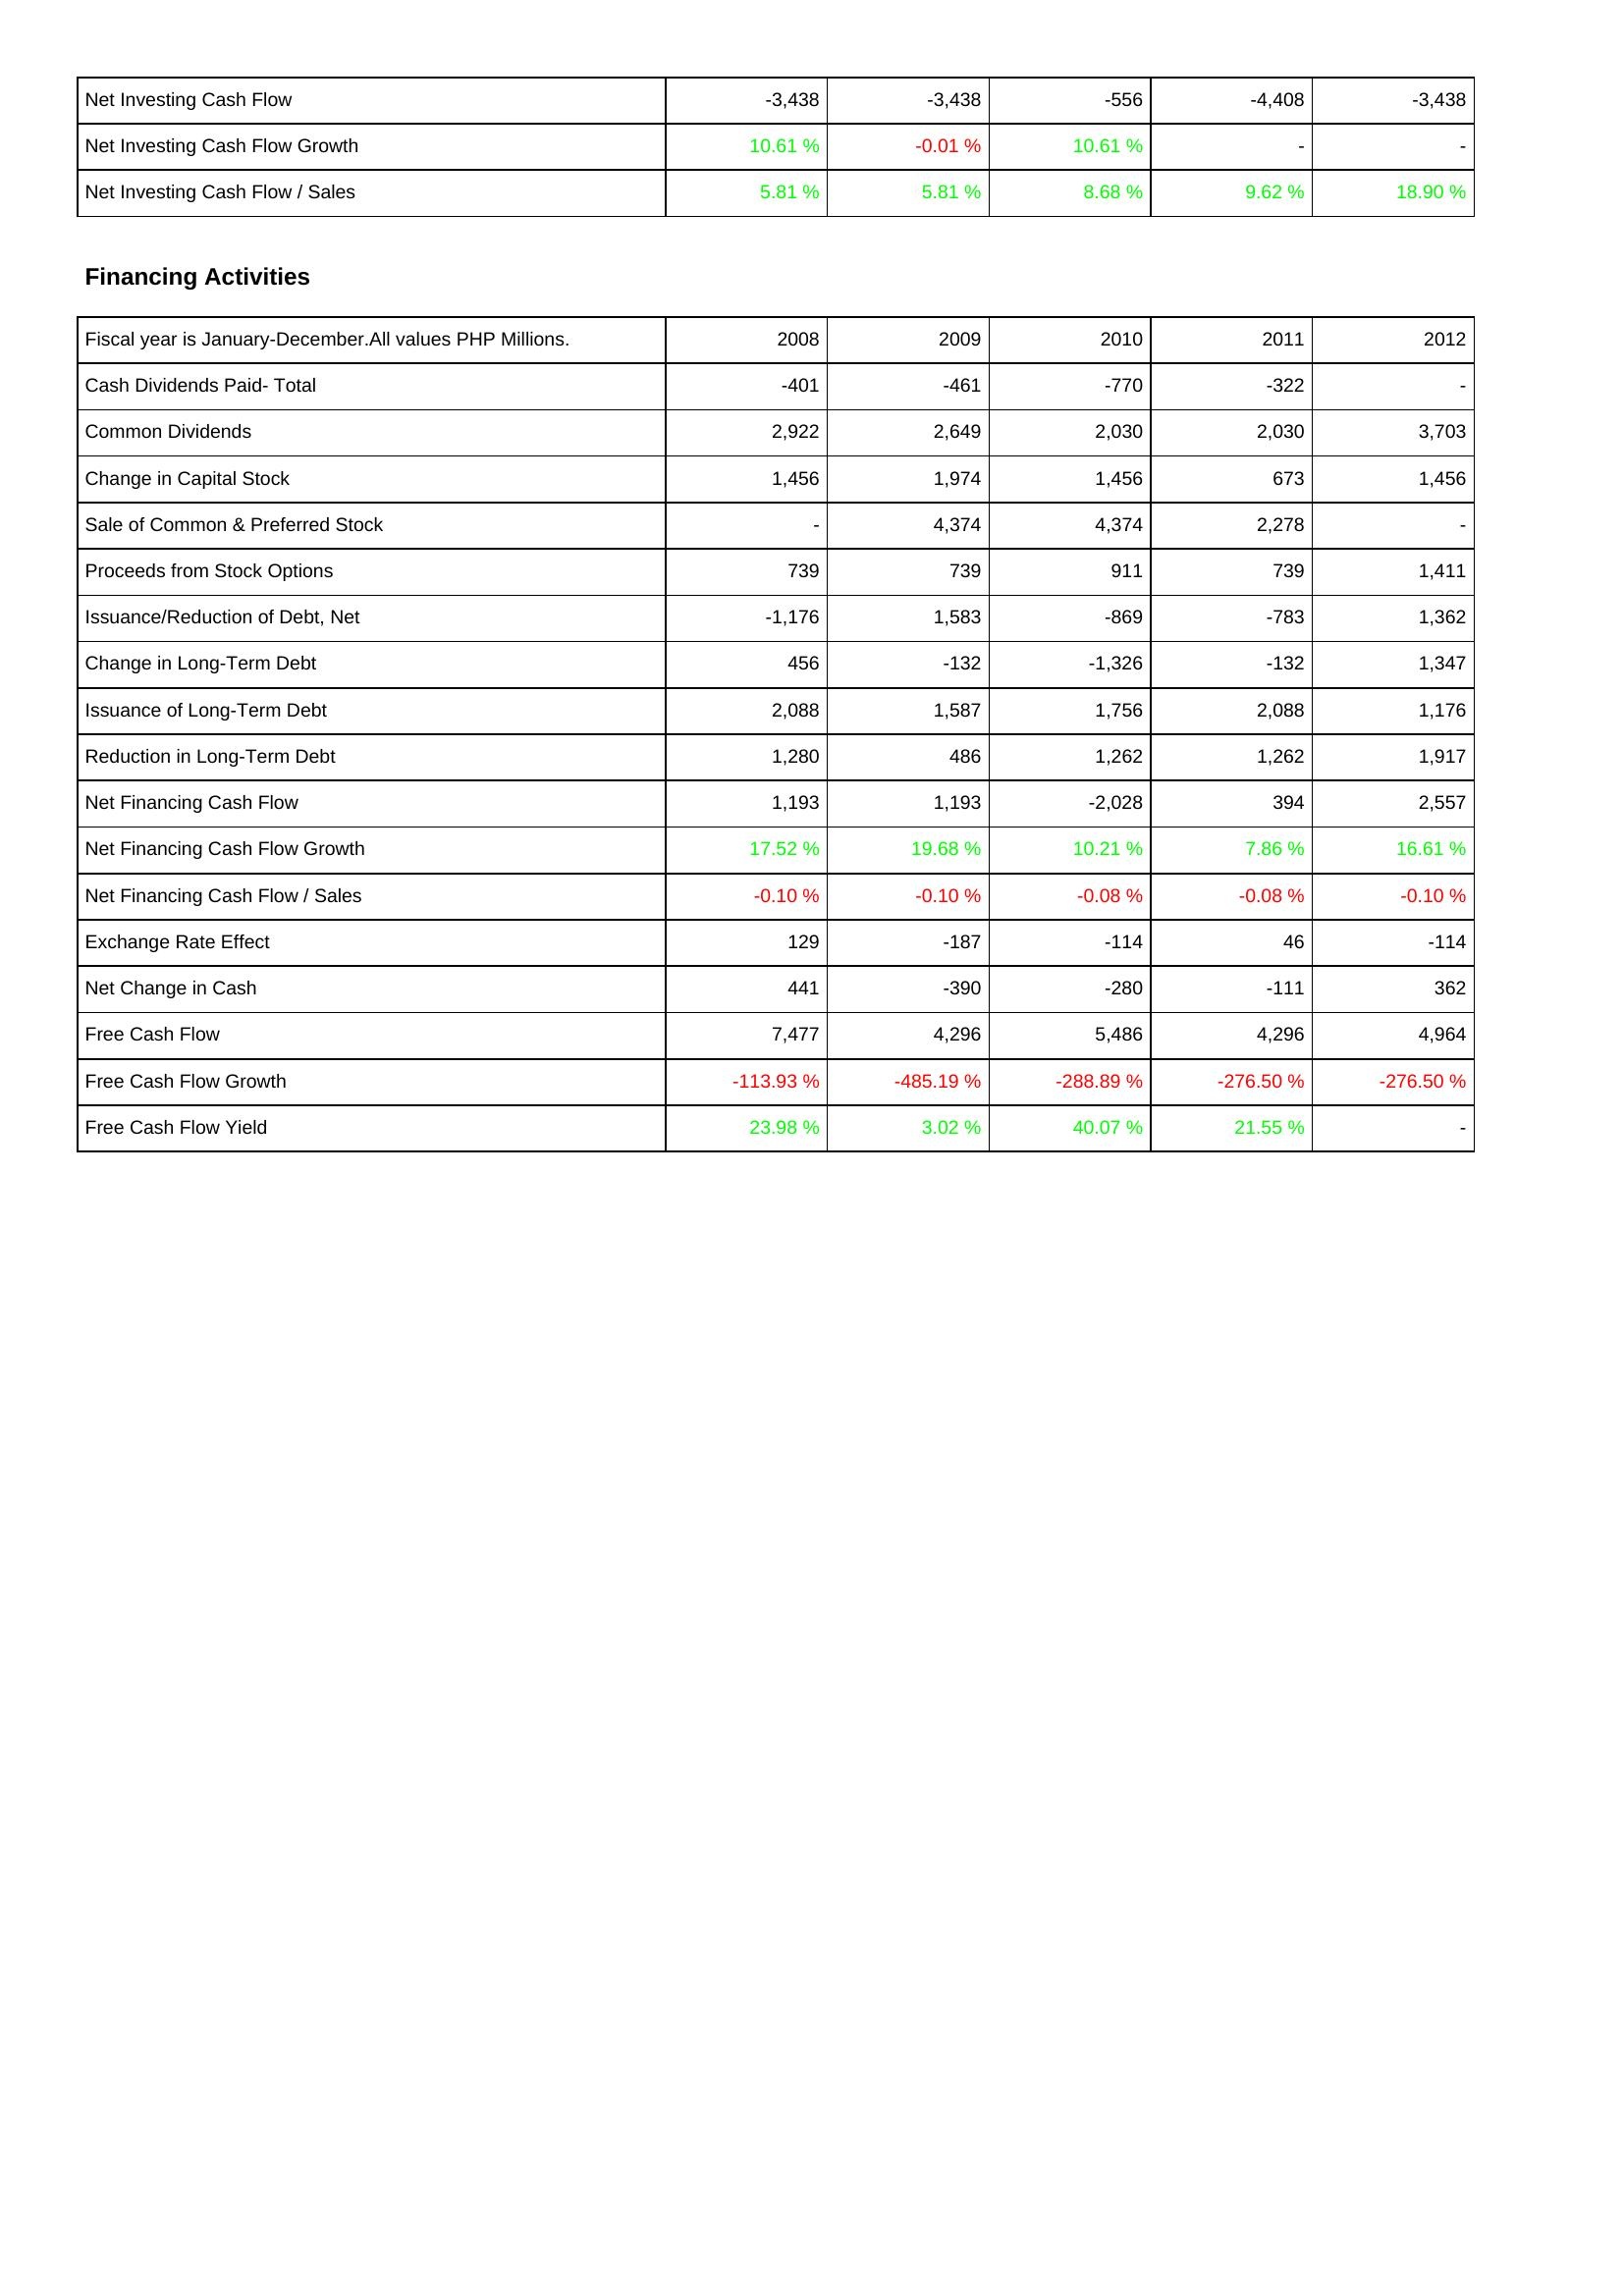
2008: Investing Activities: Net Investing Cash Flow: -3,438
Net Investing Cash Flow Growth: 10.61 %
Net Investing Cash Flow / Sales: 5.81 %
Financing Activities: Cash Dividends Paid- Total: -401
Common Dividends: 2,922
Change in Capital Stock: 1,456
Sale of Common & Preferred Stock: -
Proceeds from Stock Options: 739
Issuance/Reduction of Debt, Net: -1,176
Change in Long-Term Debt: 456
Issuance of Long-Term Debt: 2,088
Reduction in Long-Term Debt: 1,280
Net Financing Cash Flow: 1,193
Net Financing Cash Flow Growth: 17.52 %
Net Financing Cash Flow / Sales: -0.10 %
Exchange Rate Effect: 129
Net Change in Cash: 441
Free Cash Flow: 7,477
Free Cash Flow Growth: -113.93 %
Free Cash Flow Yield: 23.98 %
2009: Investing Activities: Net Investing Cash Flow: -3,438
Net Investing Cash Flow Growth: -0.01 %
Net Investing Cash Flow / Sales: 5.81 %
Financing Activities: Cash Dividends Paid- Total: -461
Common Dividends: 2,649
Change in Capital Stock: 1,974
Sale of Common & Preferred Stock: 4,374
Proceeds from Stock Options: 739
Issuance/Reduction of Debt, Net: 1,583
Change in Long-Term Debt: -132
Issuance of Long-Term Debt: 1,587
Reduction in Long-Term Debt: 486
Net Financing Cash Flow: 1,193
Net Financing Cash Flow Growth: 19.68 %
Net Financing Cash Flow / Sales: -0.10 %
Exchange Rate Effect: -187
Net Change in Cash: -390
Free Cash Flow: 4,296
Free Cash Flow Growth: -485.19 %
Free Cash Flow Yield: 3.02 %
2010: Investing Activities: Net Investing Cash Flow: -556
Net Investing Cash Flow Growth: 10.61 %
Net Investing Cash Flow / Sales: 8.68 %
Financing Activities: Cash Dividends Paid- Total: -770
Common Dividends: 2,030
Change in Capital Stock: 1,456
Sale of Common & Preferred Stock: 4,374
Proceeds from Stock Options: 911
Issuance/Reduction of Debt, Net: -869
Change in Long-Term Debt: -1,326
Issuance of Long-Term Debt: 1,756
Reduction in Long-Term Debt: 1,262
Net Financing Cash Flow: -2,028
Net Financing Cash Flow Growth: 10.21 %
Net Financing Cash Flow / Sales: -0.08 %
Exchange Rate Effect: -114
Net Change in Cash: -280
Free Cash Flow: 5,486
Free Cash Flow Growth: -288.89 %
Free Cash Flow Yield: 40.07 %
2011: Investing Activities: Net Investing Cash Flow: -4,408
Net Investing Cash Flow Growth: -
Net Investing Cash Flow / Sales: 9.62 %
Financing Activities: Cash Dividends Paid- Total: -322
Common Dividends: 2,030
Change in Capital Stock: 673
Sale of Common & Preferred Stock: 2,278
Proceeds from Stock Options: 739
Issuance/Reduction of Debt, Net: -783
Change in Long-Term Debt: -132
Issuance of Long-Term Debt: 2,088
Reduction in Long-Term Debt: 1,262
Net Financing Cash Flow: 394
Net Financing Cash Flow Growth: 7.86 %
Net Financing Cash Flow / Sales: -0.08 %
Exchange Rate Effect: 46
Net Change in Cash: -111
Free Cash Flow: 4,296
Free Cash Flow Growth: -276.50 %
Free Cash Flow Yield: 21.55 %
2012: Investing Activities: Net Investing Cash Flow: -3,438
Net Investing Cash Flow Growth: -
Net Investing Cash Flow / Sales: 18.90 %
Financing Activities: Cash Dividends Paid- Total: -
Common Dividends: 3,703
Change in Capital Stock: 1,456
Sale of Common & Preferred Stock: -
Proceeds from Stock Options: 1,411
Issuance/Reduction of Debt, Net: 1,362
Change in Long-Term Debt: 1,347
Issuance of Long-Term Debt: 1,176
Reduction in Long-Term Debt: 1,917
Net Financing Cash Flow: 2,557
Net Financing Cash Flow Growth: 16.61 %
Net Financing Cash Flow / Sales: -0.10 %
Exchange Rate Effect: -114
Net Change in Cash: 362
Free Cash Flow: 4,964
Free Cash Flow Growth: -276.50 %
Free Cash Flow Yield: -